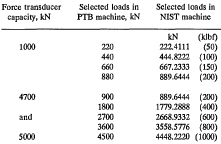
| Force transducer capacity, kN | Selected loads in PTB machine, kN | <COLSPAN=2> Selected loads in NIST machine |
 | --- | --- | --- | --- |
 |  |  | kN | (klbf) |
 | <ROWSPAN=4> 1000 | 220 | 222.4111 | (50) |
 | 440 | 444.8222 | (100) |
 | 660 | 667.2333 | (150) |
 | 880 | 889.6444 | (200) |
 | <ROWSPAN=2> 4700 | 900 | 889.6444 | (200) |
 | 1800 | 1779.2888 | (400) |
 | <ROWSPAN=2> and | 2700 | 2668.9332 | (600) |
 | 3600 | 3558.5776 | (800) |
 | 5000 | 4500 | 4448.2220 | (1000) |